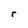
Character: r